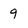
Character: 9